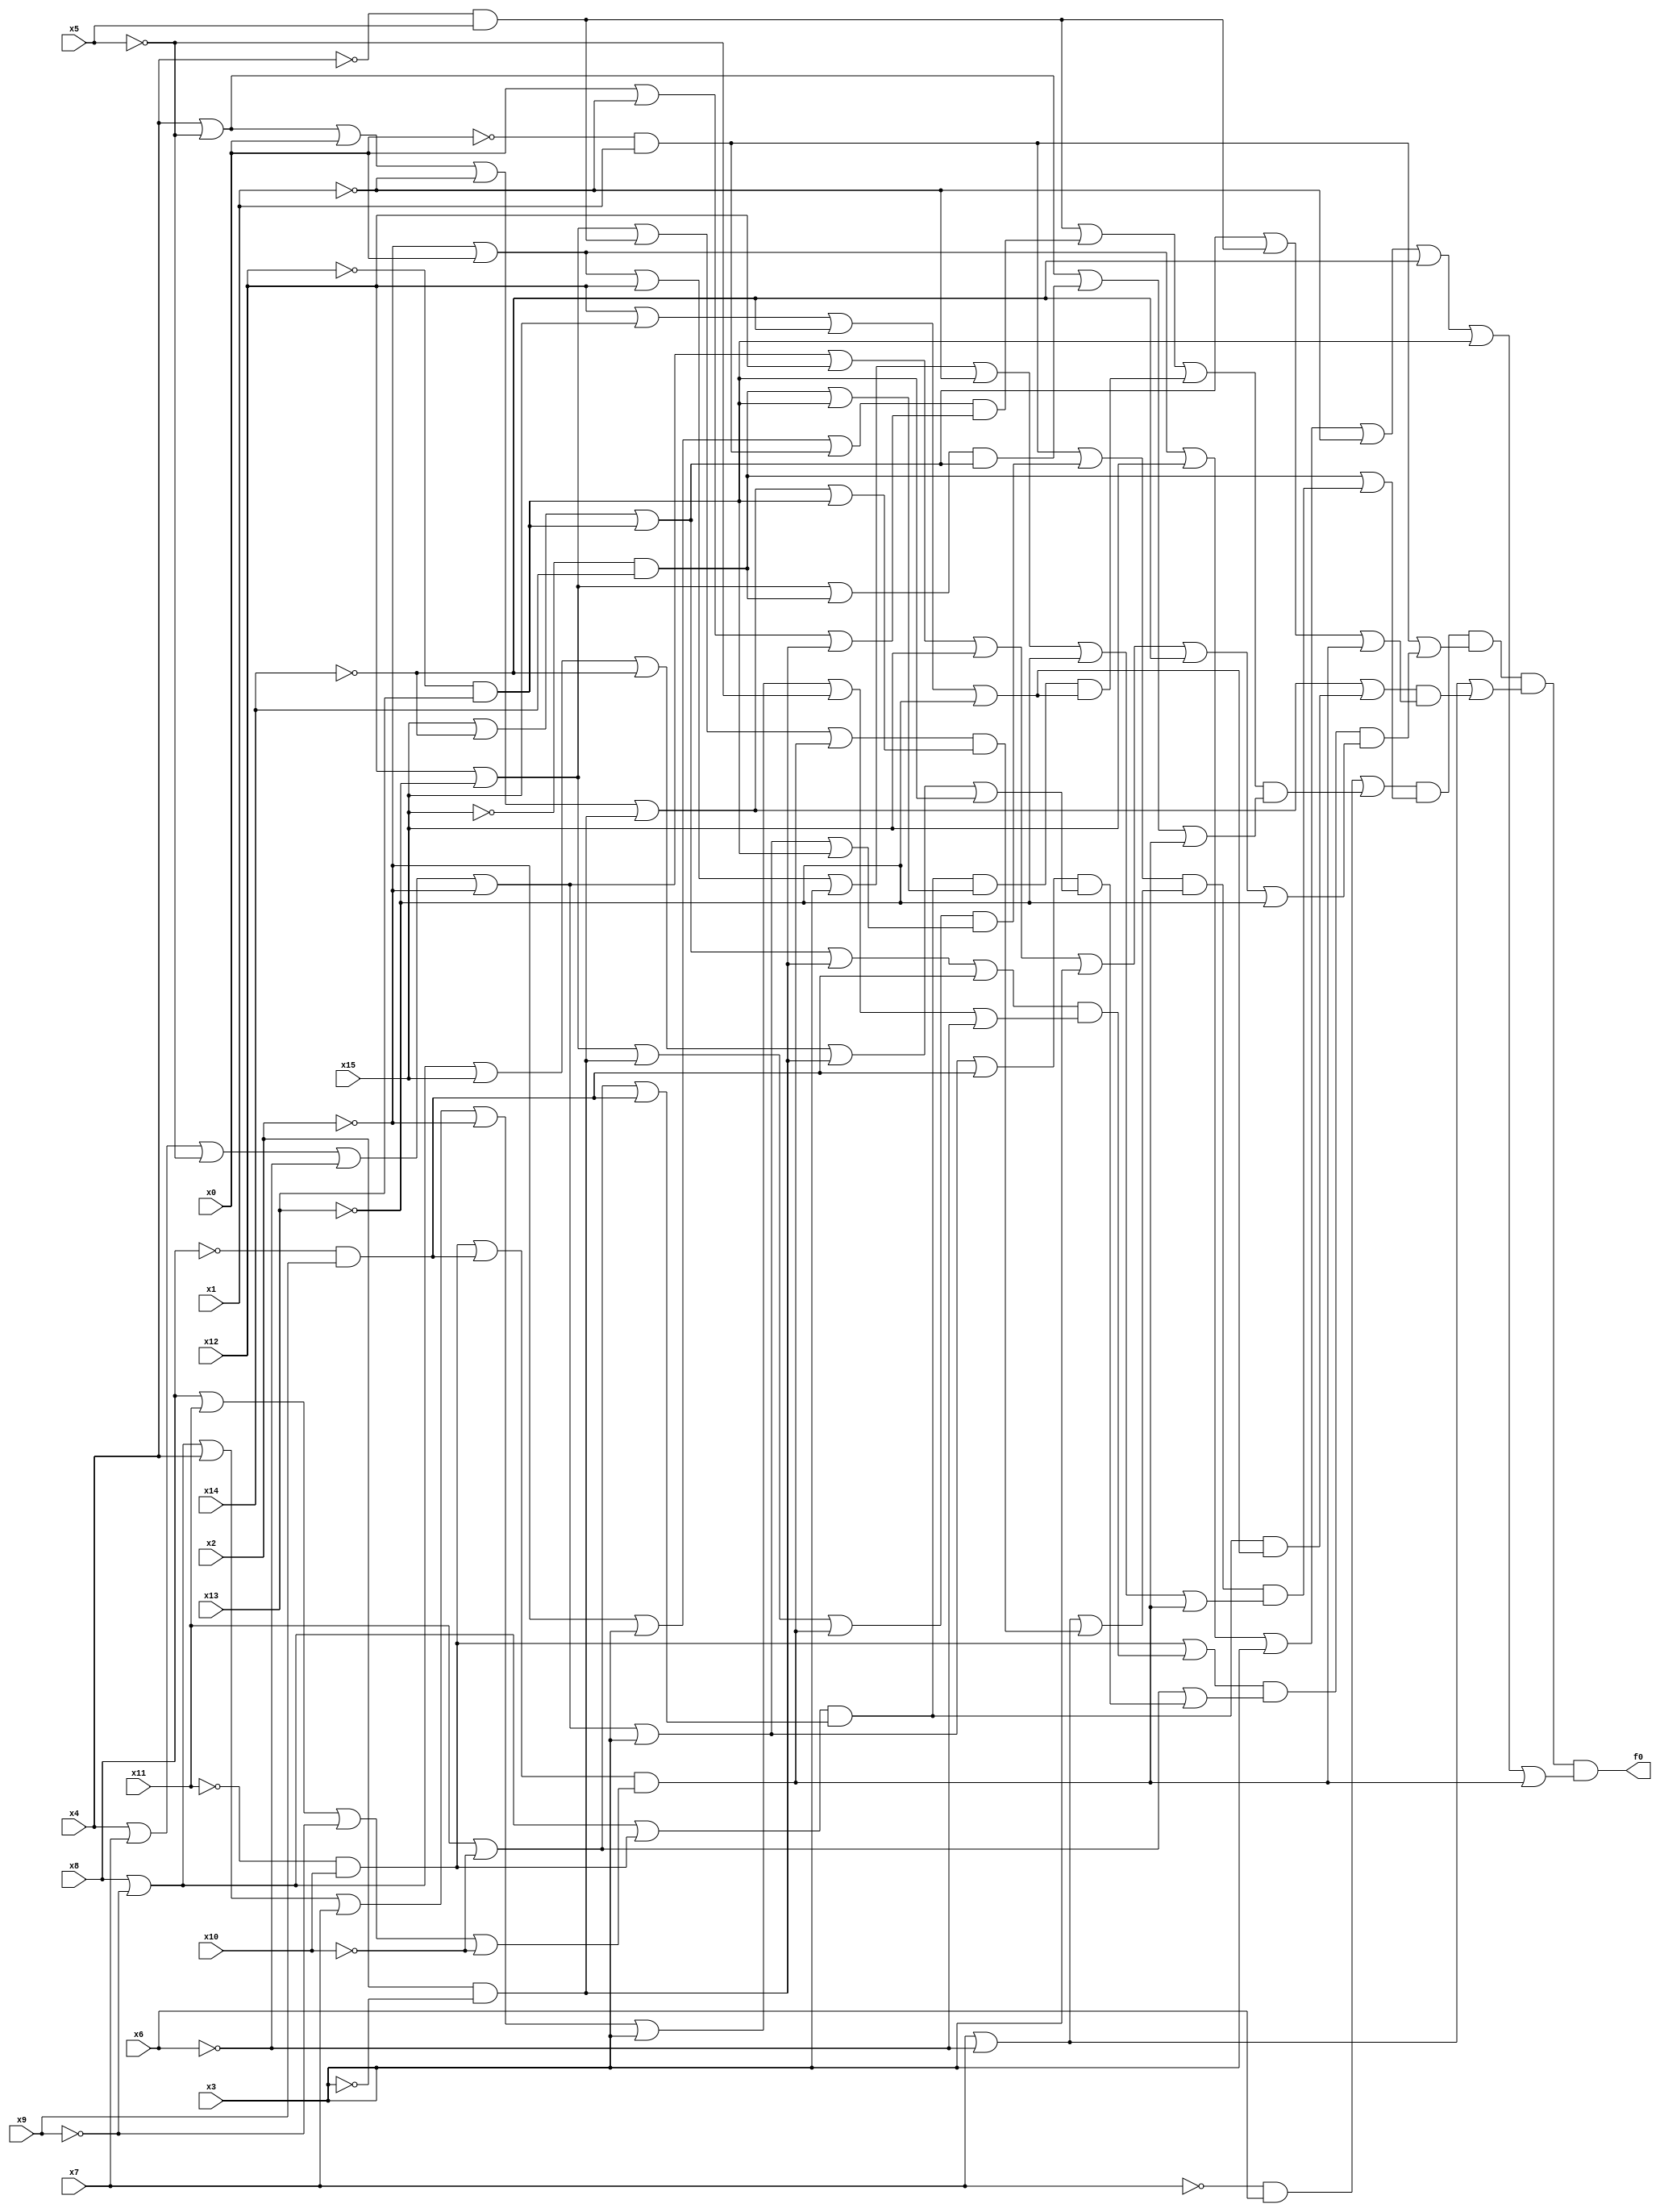
// Benchmark "t481" written by ABC on Sat Apr 29 10:30:31 2023

module t481 ( 
    x0, x1, x2, x3, x4, x5, x6, x7, x8, x9, x10, x11, x12, x13, x14, x15,
    f0  );
  input  x0, x1, x2, x3, x4, x5, x6, x7, x8, x9, x10, x11, x12, x13, x14,
    x15;
  output f0;
  assign f0 = ((~x7 & x6) | (((~x4 & x5) | ((~x2 | x3 | (~x0 & x1)) & (x0 | ~x1 | (x2 & ~x3))) | ((x8 | ~x9 | (~x11 & x10)) & (x11 | ~x10 | (~x8 & x9)) & ((~x15 & x14) | (~x12 & x13)) & (x12 | x15 | ~x14 | ~x13))) & (x4 | ~x5 | ((x12 | ~x13 | (~x15 & x14)) & (x15 | ~x14 | (~x12 & x13))) | (((~x11 & x10) | (~x8 & x9)) & (x8 | x11 | ~x9 | ~x10))))) & ((~x15 & x14) | (((~x0 & x1) | ((x12 | ~x13 | (x2 & ~x3) | (((~x11 & x10) | (~x8 & x9)) & (x8 | x11 | ~x9 | ~x10))) & (x4 | x7 | ~x5 | ~x6 | ~x2 | x3 | (~x12 & x13)))) & (x7 | ~x6 | ((x12 | ~x13 | (~x4 & x5) | (((~x11 & x10) | (~x8 & x9)) & (x8 | x11 | ~x9 | ~x10))) & (x4 | ~x5 | x0 | ~x1 | (x2 & ~x3) | (~x12 & x13)))) & (~x2 | x0 | x12 | x3 | ~x1 | ~x13 | (((~x11 & x10) | (~x8 & x9)) & (x8 | x11 | ~x9 | ~x10))))) & ((~x0 & x1) | (((~x11 & x10) | ((x15 | ~x14 | (~x12 & x13) | (x2 & ~x3) | (~x8 & x9)) & (x8 | ~x9 | x4 | x7 | ~x2 | x3 | ~x5 | ~x6))) & (x11 | ~x10 | ((x4 | x7 | ~x5 | ~x6 | ~x2 | x3 | (~x8 & x9)) & (x8 | ~x9 | x15 | ~x14 | (x2 & ~x3) | (~x12 & x13)))) & (x4 | x7 | ~x5 | ~x6 | ~x2 | x12 | x15 | x3 | ~x14 | ~x13))) & (x7 | ~x6 | ((x4 | ~x5 | x0 | ~x1 | (x2 & ~x3) | ((x8 | ~x9 | (~x11 & x10)) & (x11 | ~x10 | (~x8 & x9)) & (x12 | x15 | ~x14 | ~x13))) & (x15 | ~x14 | (~x12 & x13) | (~x4 & x5) | (((~x11 & x10) | (~x8 & x9)) & (x8 | x11 | ~x9 | ~x10))))) & (~x2 | x0 | x15 | x3 | ~x1 | ~x14 | (~x12 & x13) | (((~x11 & x10) | (~x8 & x9)) & (x8 | x11 | ~x9 | ~x10)));
endmodule